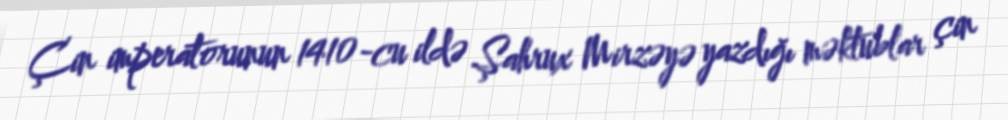
Çin imperatorunun 1410-cu ildə Şahrux Mirzəyə yazdığı məktublar çin